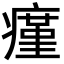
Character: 瘽